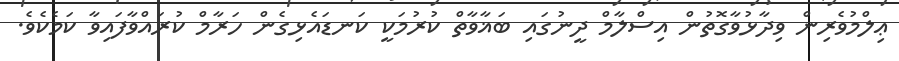
ޢިލްމުވެރިން ވިދާޅުވާގޮތުން އިސްލާމް ދީނުގައި ބަޣާވާތް ކުރުމަކީ ކަނޑައެޅިގެން ހަރާމް ކުރައްވާފައިވާ ކަމެކެވެ.